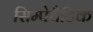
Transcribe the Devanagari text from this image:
सिम्पेथैटिक